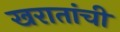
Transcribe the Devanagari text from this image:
खरातांची